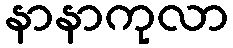
နာနာကုလာ